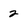
Character: 2